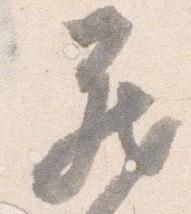
蔵